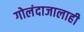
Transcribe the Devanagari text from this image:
गोलंदाजालाही